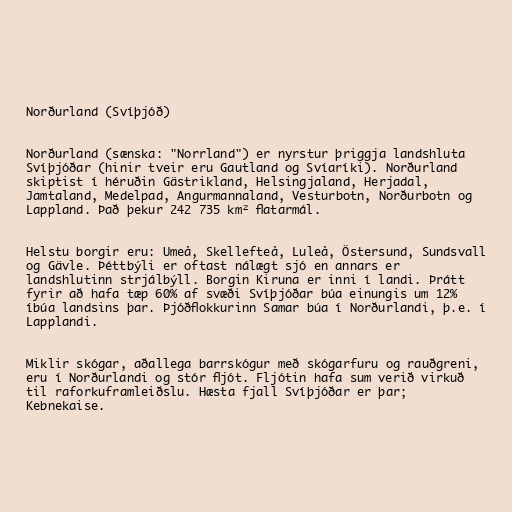
Norðurland (Svíþjóð)

Norðurland (sænska: "Norrland") er nyrstur þriggja landshluta
Svíþjóðar (hinir tveir eru Gautland og Svíaríki). Norðurland
skiptist í héruðin Gästrikland, Helsingjaland, Herjadal,
Jamtaland, Medelpad, Angurmannaland, Vesturbotn, Norðurbotn og
Lappland. Það þekur 242 735 km² flatarmál.

Helstu borgir eru: Umeå, Skellefteå, Luleå, Östersund, Sundsvall
og Gävle. Þéttbýli er oftast nálægt sjó en annars er
landshlutinn strjálbýll. Borgin Kiruna er inni í landi. Þrátt
fyrir að hafa tæp 60% af svæði Svíþjóðar búa einungis um 12%
íbúa landsins þar. Þjóðflokkurinn Samar búa í Norðurlandi, þ.e. í
Lapplandi.

Miklir skógar, aðallega barrskógur með skógarfuru og rauðgreni,
eru í Norðurlandi og stór fljót. Fljótin hafa sum verið virkuð
til raforkuframleiðslu. Hæsta fjall Svíþjóðar er þar;
Kebnekaise.